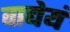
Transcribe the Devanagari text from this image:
वाद्येयं